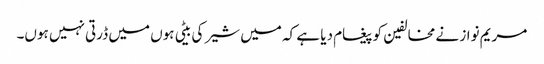
مریم نواز نے مخالفین کو پیغام دیا ہے کہ میں شیر کی بیٹی ہوں میں ڈرتی نہیں ہوں۔